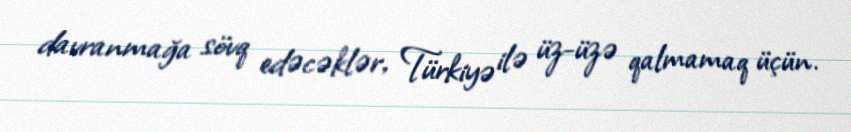
davranmağa sövq edəcəklər, Türkiyə ilə üz-üzə qalmamaq üçün.